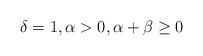
LaTeX: \begin{align*}\delta=1, \alpha>0,\alpha+\beta\geq 0\end{align*}